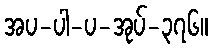
အပ-ပါ-ပ-အုပ်-၃၇၆။